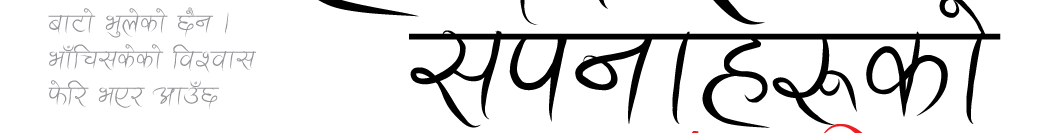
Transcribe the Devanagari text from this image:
बाटो भुलेको छैन ।
भाँचिसकेको विश्वास
फेरि भएर आउँछ
सपनाहरुको